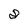
Character: 8